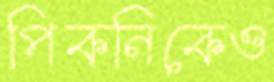
পিকনিকেও